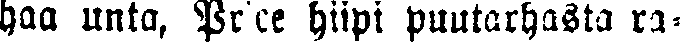
haa unta, Pr'ce hiipi puutarhasta ra-